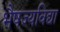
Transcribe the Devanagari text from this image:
भैषज्यविद्या